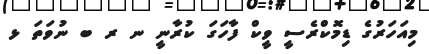
މިއަހަރުގެ ޑިމޮކްރެސީ ވީކް ފާހަގަ ކުރާނީ ނ ރ ބ ނުވަތަ ޅ